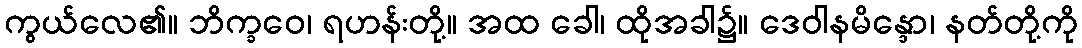
ကွယ်လေ၏။ ဘိက္ခဝေ၊ ရဟန်းတို့။ အထ ခေါ၊ ထိုအခါ၌။ ဒေဝါနမိန္ဒော၊ နတ်တို့ကို